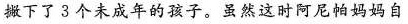
撇下了3个未成年的孩子。虽然这时阿尼帕妈妈自